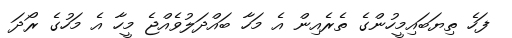
ފަހެ ތިޔަބައިމީހުންގެ ތެރެއިން އެ މަހާ ބައްދަލުވެއްޖެ މީހާ އެ މަހުގެ ރޯދަ